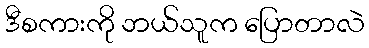
ဒီစကားကို ဘယ်သူက ပြောတာလဲ